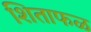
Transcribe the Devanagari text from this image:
शिताफळ